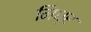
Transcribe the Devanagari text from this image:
मिध्र